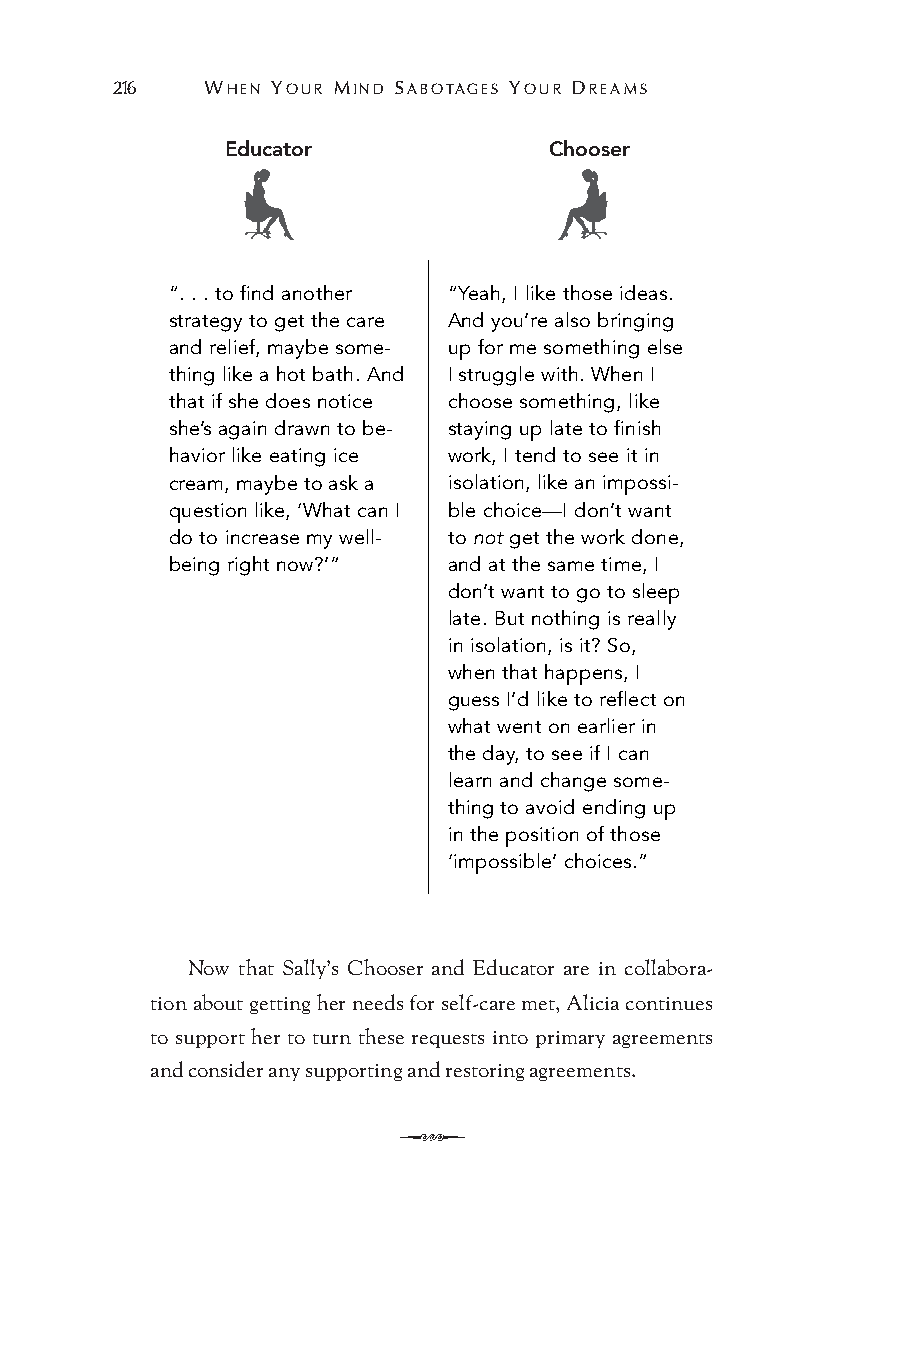
216   WHEN YOUR MIND SABOTAGES YOUR DREAMS
 Educator             Chooser
 “. . . to find another “Yeah, I like those ideas.
 strategy to get the care And you’re also bringing
 and relief, maybe some- up for me something else
 thing like a hot bath. And I struggle with. When I
 that if she does notice choose something, like
 she’s again drawn to be- staying up late to finish
 havior like eating ice work, I tend to see it in
 cream, maybe to ask a isolation, like an impossi-
 question like, ‘What can I ble choice—I don’t want
 do to increase my well- to not get the work done,
 being right now?’” and at the same time, I
 don’t want to go to sleep
 late. But nothing is really
 in isolation, is it? So,
 when that happens, I
 guess I’d like to reflect on
 what went on earlier in
 the day, to see if I can
 learn and change some-
 thing to avoid ending up
 in the position of those
 ‘impossible’ choices.”
 Now that Sally’s Chooser and Educator are in collabora-
 tion about getting her needs for self-care met, Alicia continues
 to support her to turn these requests into primary agreements
 and consider any supporting and restoring agreements.
 Q